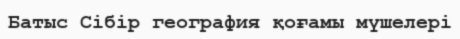
Батыс Сібір география қоғамы мүшелері